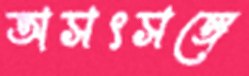
অসৎসঙ্গে